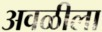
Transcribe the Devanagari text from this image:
अवळीला